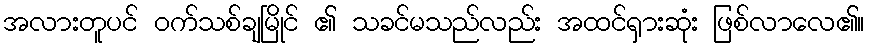
အလားတူပင် ဝက်သစ်ချမြိုင် ၏ သခင်မသည်လည်း အထင်ရှားဆုံး ဖြစ်လာလေ၏။